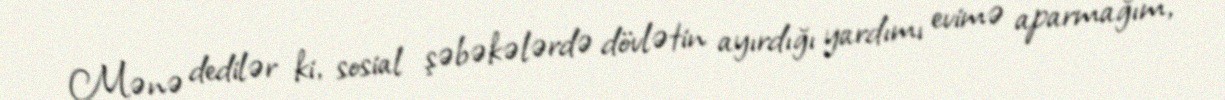
Mənə dedilər ki, sosial şəbəkələrdə dövlətin ayırdığı yardımı evimə aparmağım,